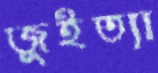
জুইত্যা